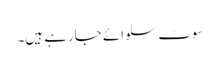
سوٹ سلوائے جارہے ہیں۔